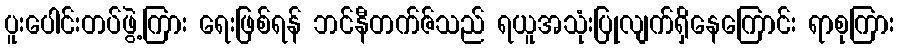
ပူးပေါင်းတပ်ဖွဲ့ကြား ရေးဖြစ်ရန် ဘင်နီတက်ဇ်သည် ရယူအသုံးပြုလျက်ရှိနေကြောင်း ရာစုကြား